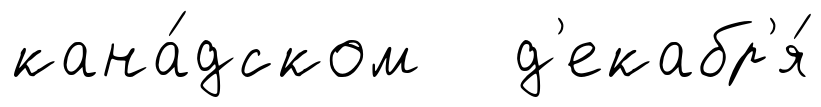
кана́дском д'екабр'я́